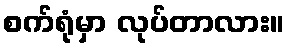
စက်ရုံမှာ လုပ်တာလား။